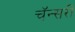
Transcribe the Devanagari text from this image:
चॅन्सरी